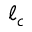
\ell _ { c }